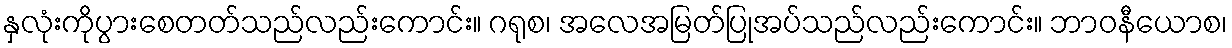
နှလုံးကိုပွားစေတတ်သည်လည်းကောင်း။ ဂရုစ၊ အလေအမြတ်ပြုအပ်သည်လည်းကောင်း။ ဘာဝနီယောစ၊